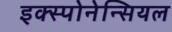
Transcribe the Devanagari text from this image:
इक्स्पोनेन्सियल